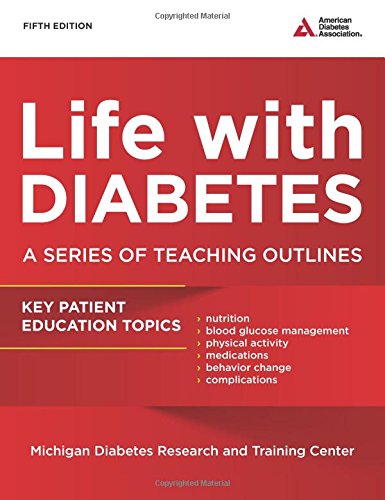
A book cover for Life with Diabetes: A Series of Teaching Outlines; Health, Fitness & Dieting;